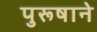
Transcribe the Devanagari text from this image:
पुरूषाने